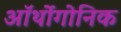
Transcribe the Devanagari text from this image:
ऑर्थोगोनिक